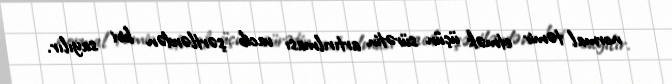
normal təmir etmək üçün sürətin artırılması vacib şərtlərdən biri sayılır.